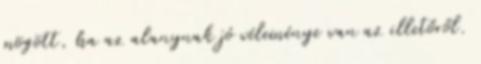
mögött, ha az alanynak jó véleménye van az illetőről.